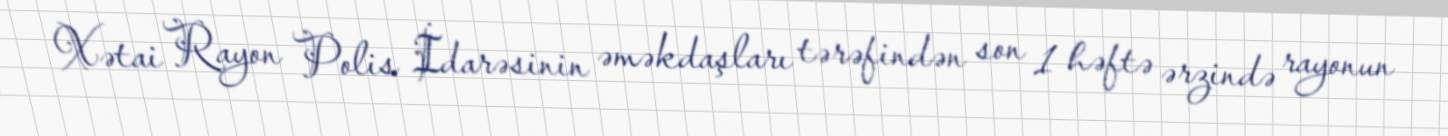
Xətai Rayon Polis İdarəsinin əməkdaşları tərəfindən son 1 həftə ərzində rayonun